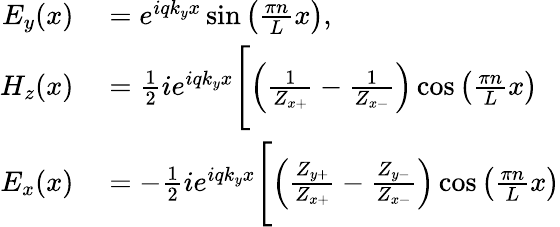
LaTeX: \begin{array}{rl}{E_{y}(x)}&{{}=e^{iqk_{y}x}\sin\left(\frac{\pi n}{L}x\right),}\\ {H_{z}(x)}&{{}=\frac{1}{2}ie^{iqk_{y}x}\Biggl[\left(\frac{1}{Z_{x+}}-\frac{1}{Z_{x-}}\right)\cos\left(\frac{\pi n}{L}x\right)}\\ {E_{x}(x)}&{{}=-\frac{1}{2}ie^{iqk_{y}x}\Biggl[\left(\frac{Z_{y+}}{Z_{x+}}-\frac{Z_{y-}}{Z_{x-}}\right)\cos\left(\frac{\pi n}{L}x\right)}\end{array}